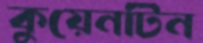
কুয়েনটিন